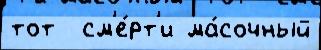
тот  см'е́рт'и ма́сочный